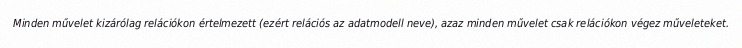
Minden művelet kizárólag relációkon értelmezett (ezért relációs az adatmodell neve), azaz minden művelet csak relációkon végez műveleteket.